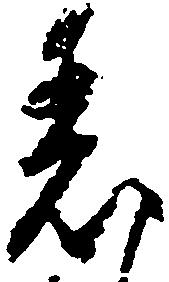
着